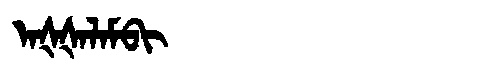
Manchu: ᠠᡧᡧᠠᠯᠠᠮᠪᡳ
Romanization: AŠŠALAMBI